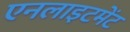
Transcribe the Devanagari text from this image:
एनलाइटमेंट